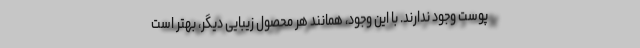
پوست وجود ندارند. با این وجود، همانند هر محصول زیبایی دیگر، بهتر است